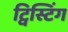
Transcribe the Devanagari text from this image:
ट्विस्टिंग